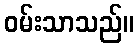
ဝမ်းသာသည်။